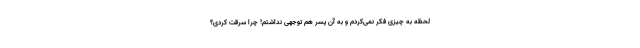
لحظه به چیزی فکر نمی‌کردم و به آن پسر هم توجهی نداشتم! چرا سرقت کردی؟